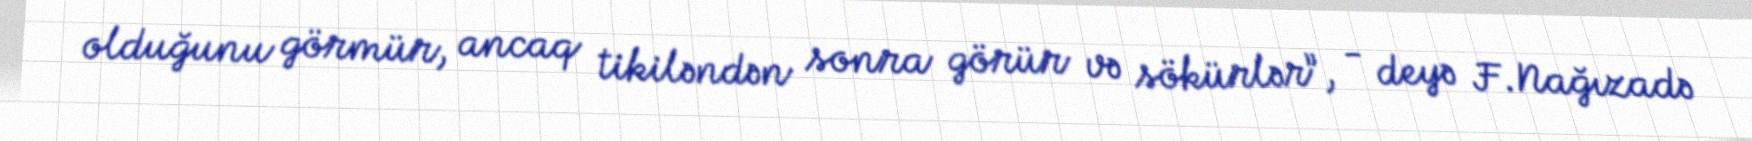
olduğunu görmür, ancaq tikiləndən sonra görür və sökürlər”, - deyə F.Nağızadə